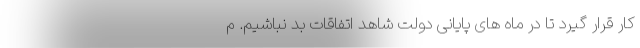
کار قرار گیرد تا در ماه های پایانی دولت شاهد اتفاقات بد نباشیم. م